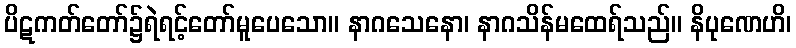
ပိဋကတ်တော်၌ရဲရင့်တော်မူပေသော။ နာဂသေနော၊ နာဂသိန်မထေရ်သည်။ နိပုဏေဟိ၊